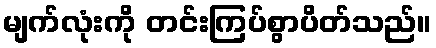
မျက်လုံးကို တင်းကြပ်စွာပိတ်သည်။